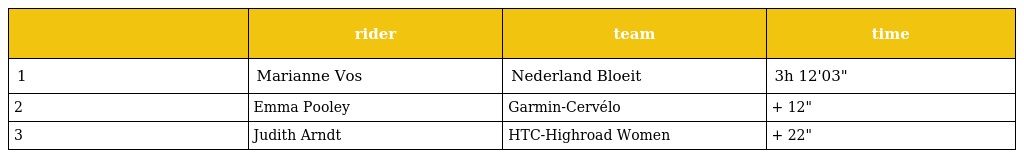
|  | rider | team | time |
 | --- | --- | --- | --- |
 | 1 | Marianne Vos | Nederland Bloeit | 3h 12'03" |
 | 2 | Emma Pooley | Garmin-Cervélo | + 12" |
 | 3 | Judith Arndt | HTC-Highroad Women | + 22" |